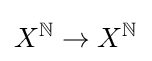
X^{\mathbb {N} }\to X^{\mathbb {N} }